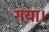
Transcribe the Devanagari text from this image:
गया़।